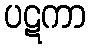
ပဋကာ